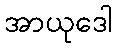
အာယုဒေါ